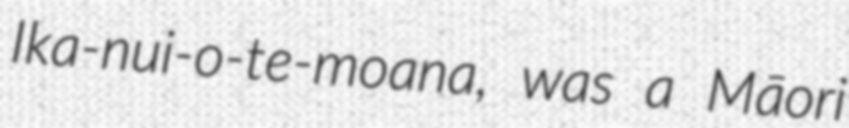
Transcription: Ika-nui-o-te-moana, was a Māori